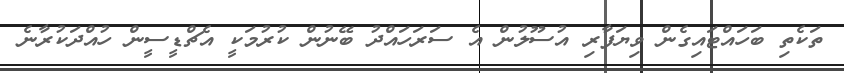
ތަކެތި ބަހައްޓައިގެން ވިޔަފާރި އުސޫލުން އެ ސަރަހައްދު ބޭނުން ކުރުމަކީ އެޗްޑީސީން ހުއްދަކުރާނެ